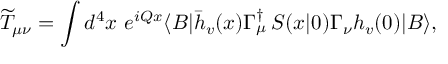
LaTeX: \widetilde { T } _ { \mu \nu } = \int d ^ { 4 } x \ e ^ { i Q x } \langle B | \bar { h } _ { v } ( x ) \Gamma _ { \mu } ^ { \dagger } \, S ( x | 0 ) \Gamma _ { \nu } h _ { v } ( 0 ) | B \rangle ,